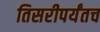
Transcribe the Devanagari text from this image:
तिसरीपर्यंतच